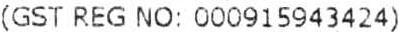
(GST REG NO: 000915943424)